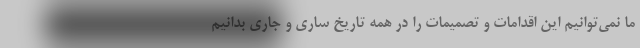
ما نمی‌توانیم این اقدامات و تصمیمات را در همه تاریخ ساری و جاری بدانیم